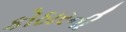
કોઠારની